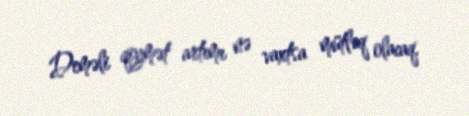
Deməli qiymət artımı nə vaxtsa mütləq olacaq.